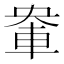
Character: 𮝈